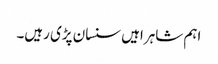
اہم شاہراہیں سنسان پڑی رہیں۔